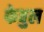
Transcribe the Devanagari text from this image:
फेबुल